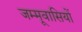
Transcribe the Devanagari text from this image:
जम्मूवासियों